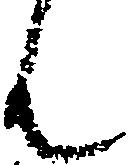
ん